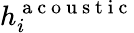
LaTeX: h_{i}^{\mathrm{~a~c~o~u~s~t~i~c~}}